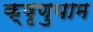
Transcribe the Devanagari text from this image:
क्षृणुयाम